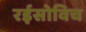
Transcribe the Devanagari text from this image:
रईसोविच